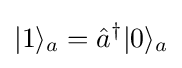
|1\rangle _{a}={\hat {a}}^{\dagger }|0\rangle _{a}